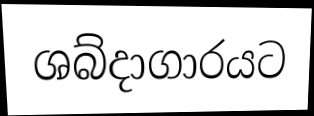
ශබ්දාගාරයට